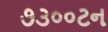
૭૩૦૦ટન